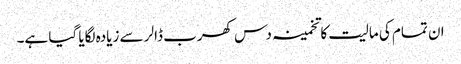
ان تمام کی مالیت کا تخمینہ دس کھرب ڈالر سے زیادہ لگایا گیا ہے۔